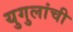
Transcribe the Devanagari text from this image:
युगुलांची